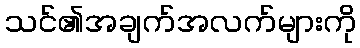
သင်၏အချက်အလက်များကို